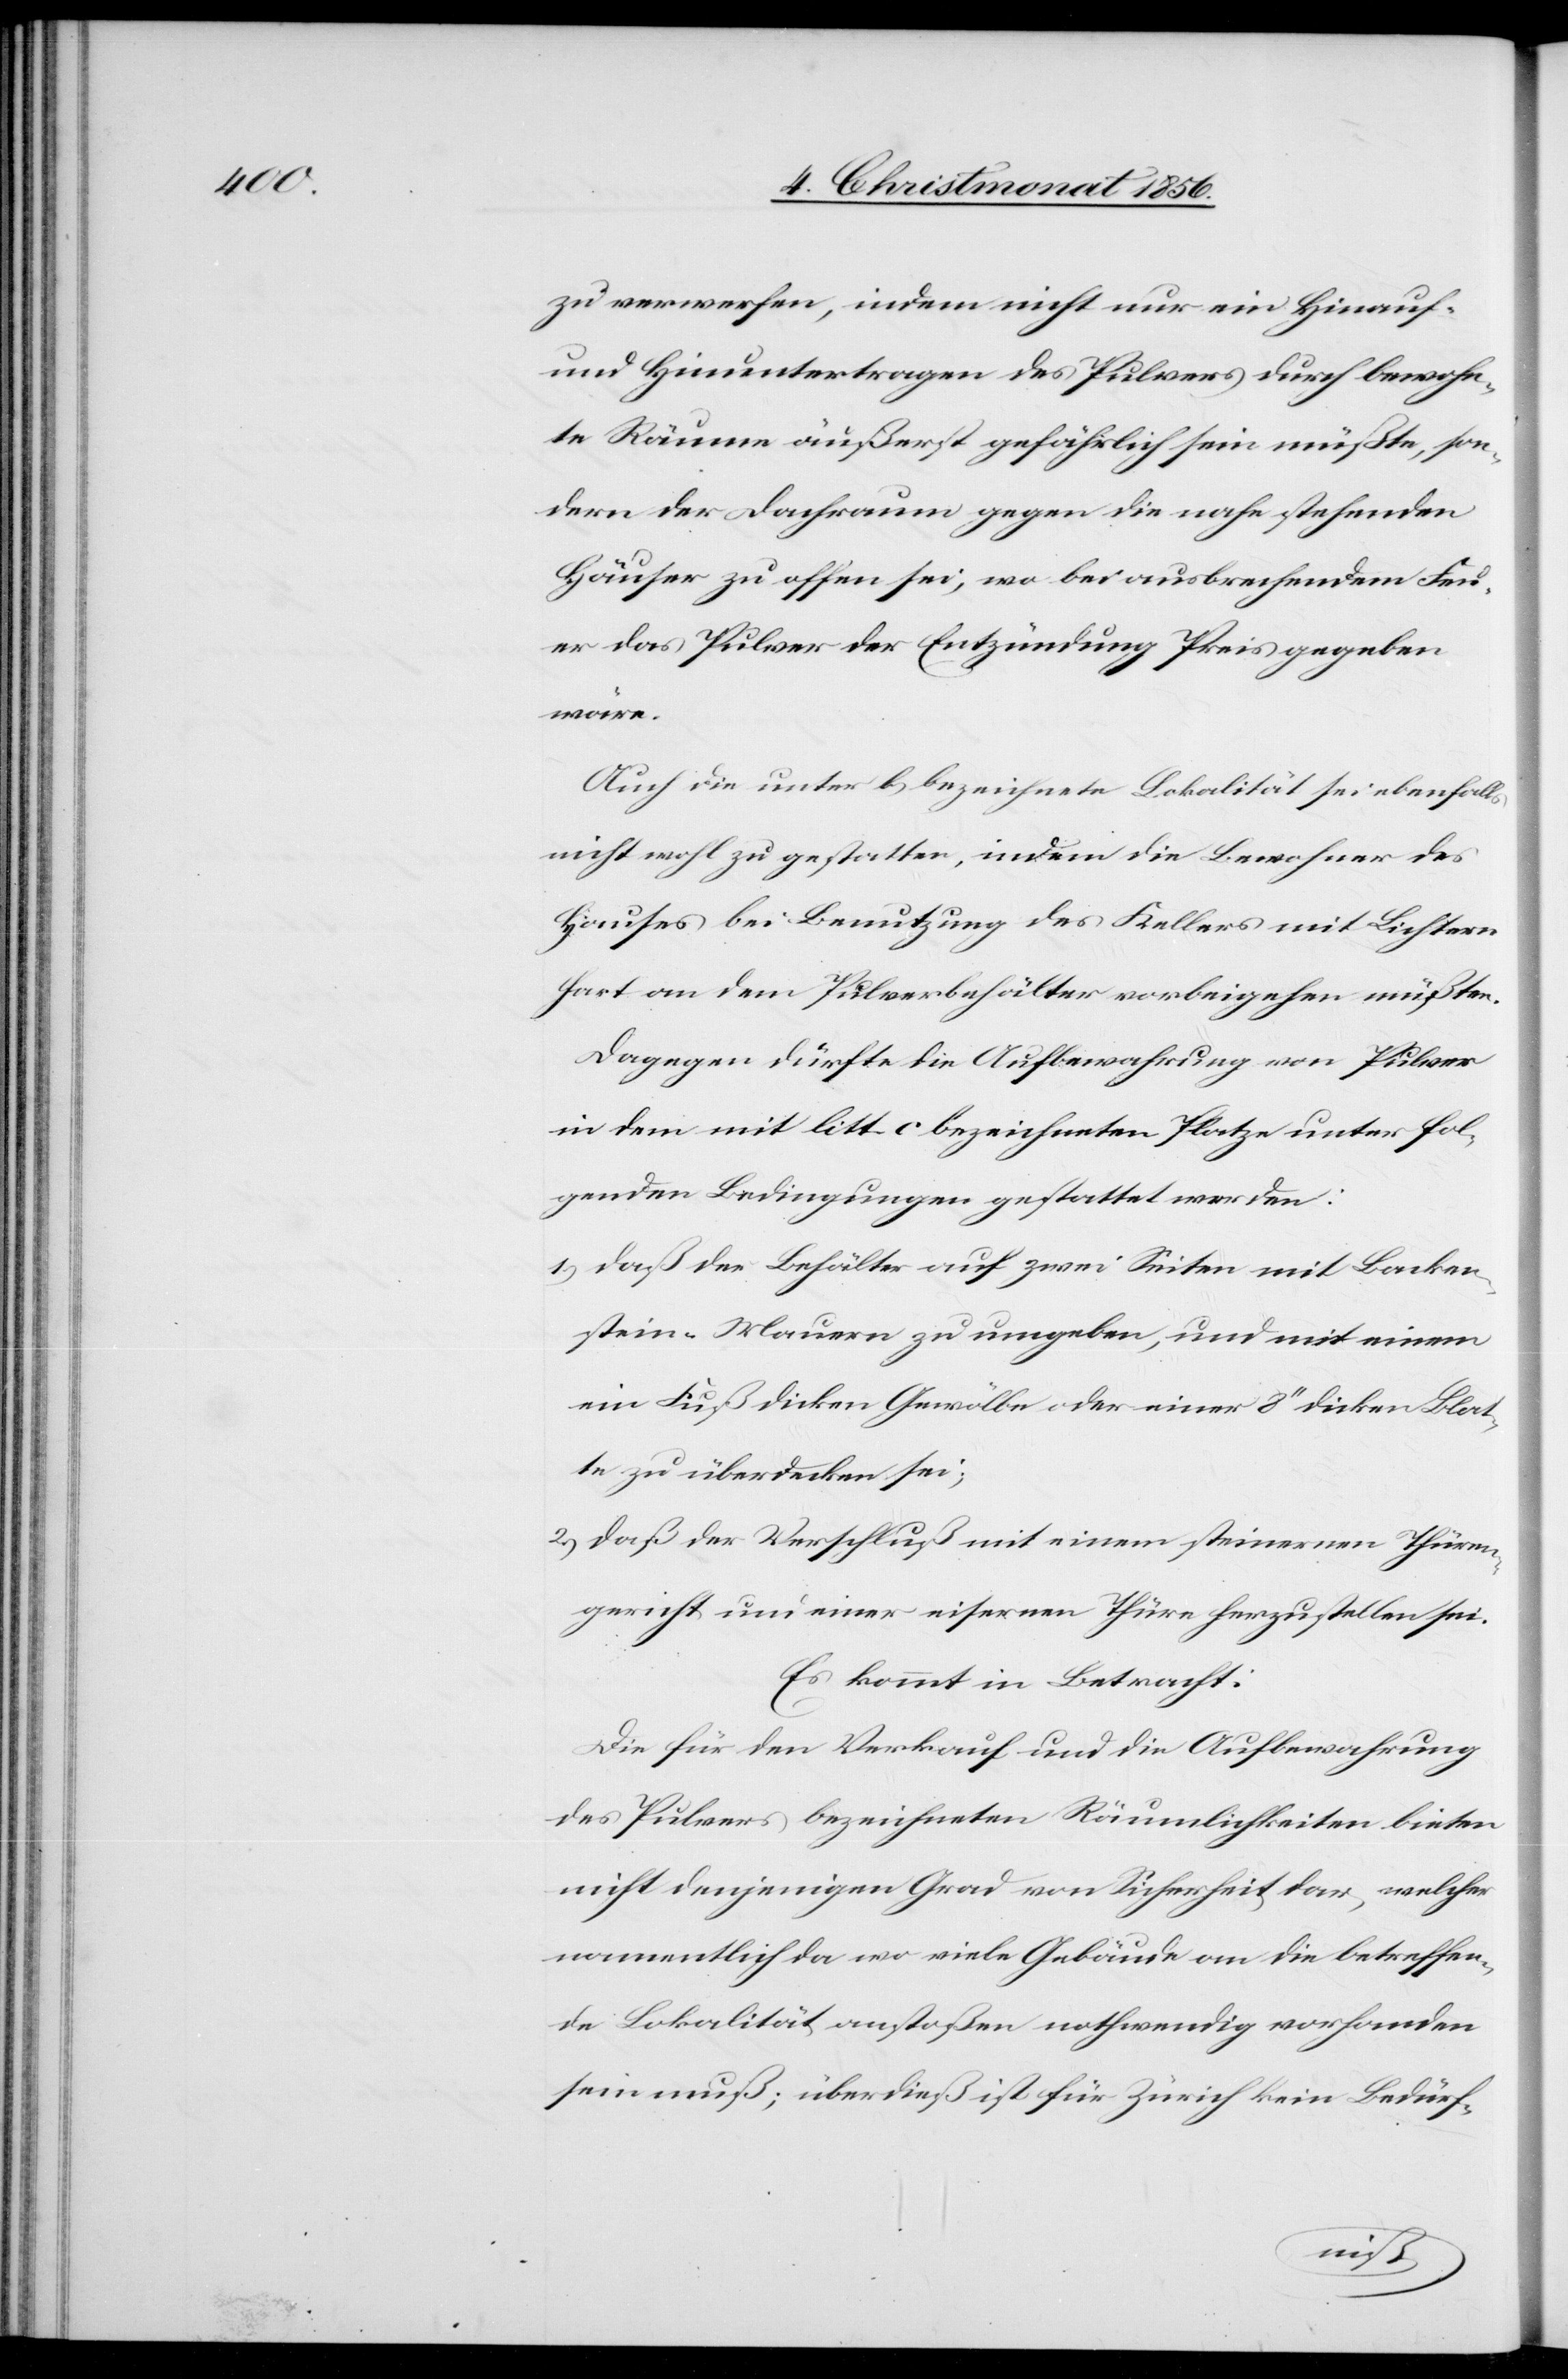
zu verwerfen, indem nicht nur ein Hinauf-
und Hinuntertragen des Pulvers durch bewohn¬
te Räume äußerst gefährlich sein müßte, son¬
dern der Dachraum gegen die nahe stehenden
Häuser zu offen sei, wo bei ausbrechendem Feu¬
er das Pulver der Entzündung Preis gegeben
wäre.
Auch die unter b) bezeichnete Lokalität sei ebenfalls
nicht wohl zu gestatten, indem die Bewohner des
Hauses bei Benutzung des Kellers mit Lichtern
hart an dem Pulverbehälter vorbeigehen müßten.
Dagegen dürfte die Aufbewahrung von Pulver
in dem mit litt. c bezeichneten Platze unter fol¬
genden Bedingungen gestattet werden:
1.) daß der Behälter auf zwei Seiten mit Backen¬
stein-Mauern zu umgeben, und mit einem
ein Fuß dicken Gewölbe oder einer 8'' dicken Blat¬
te zu überdecken sei;
2.) daß der Verschluß mit einem steinernen Thüren¬
gericht und einer eisernen Thüre herzustellen sei.
Es kommt in Betracht:
Die für den Verkauf und die Aufbewahrung
des Pulvers bezeichneten Räumlichkeiten bieten
nicht denjenigen Grad von Sicherheit dar, welcher
namentlich da wo viele Gebäude an die betreffen¬
de Lokalität anstoßen nothwendig vorhanden
sein muß, überdieß ist für Zürich kein Bedürf-